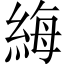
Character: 䋦